38_143685_box7_Incident_Summaries_1-100
Agency: Department of War
Page 130
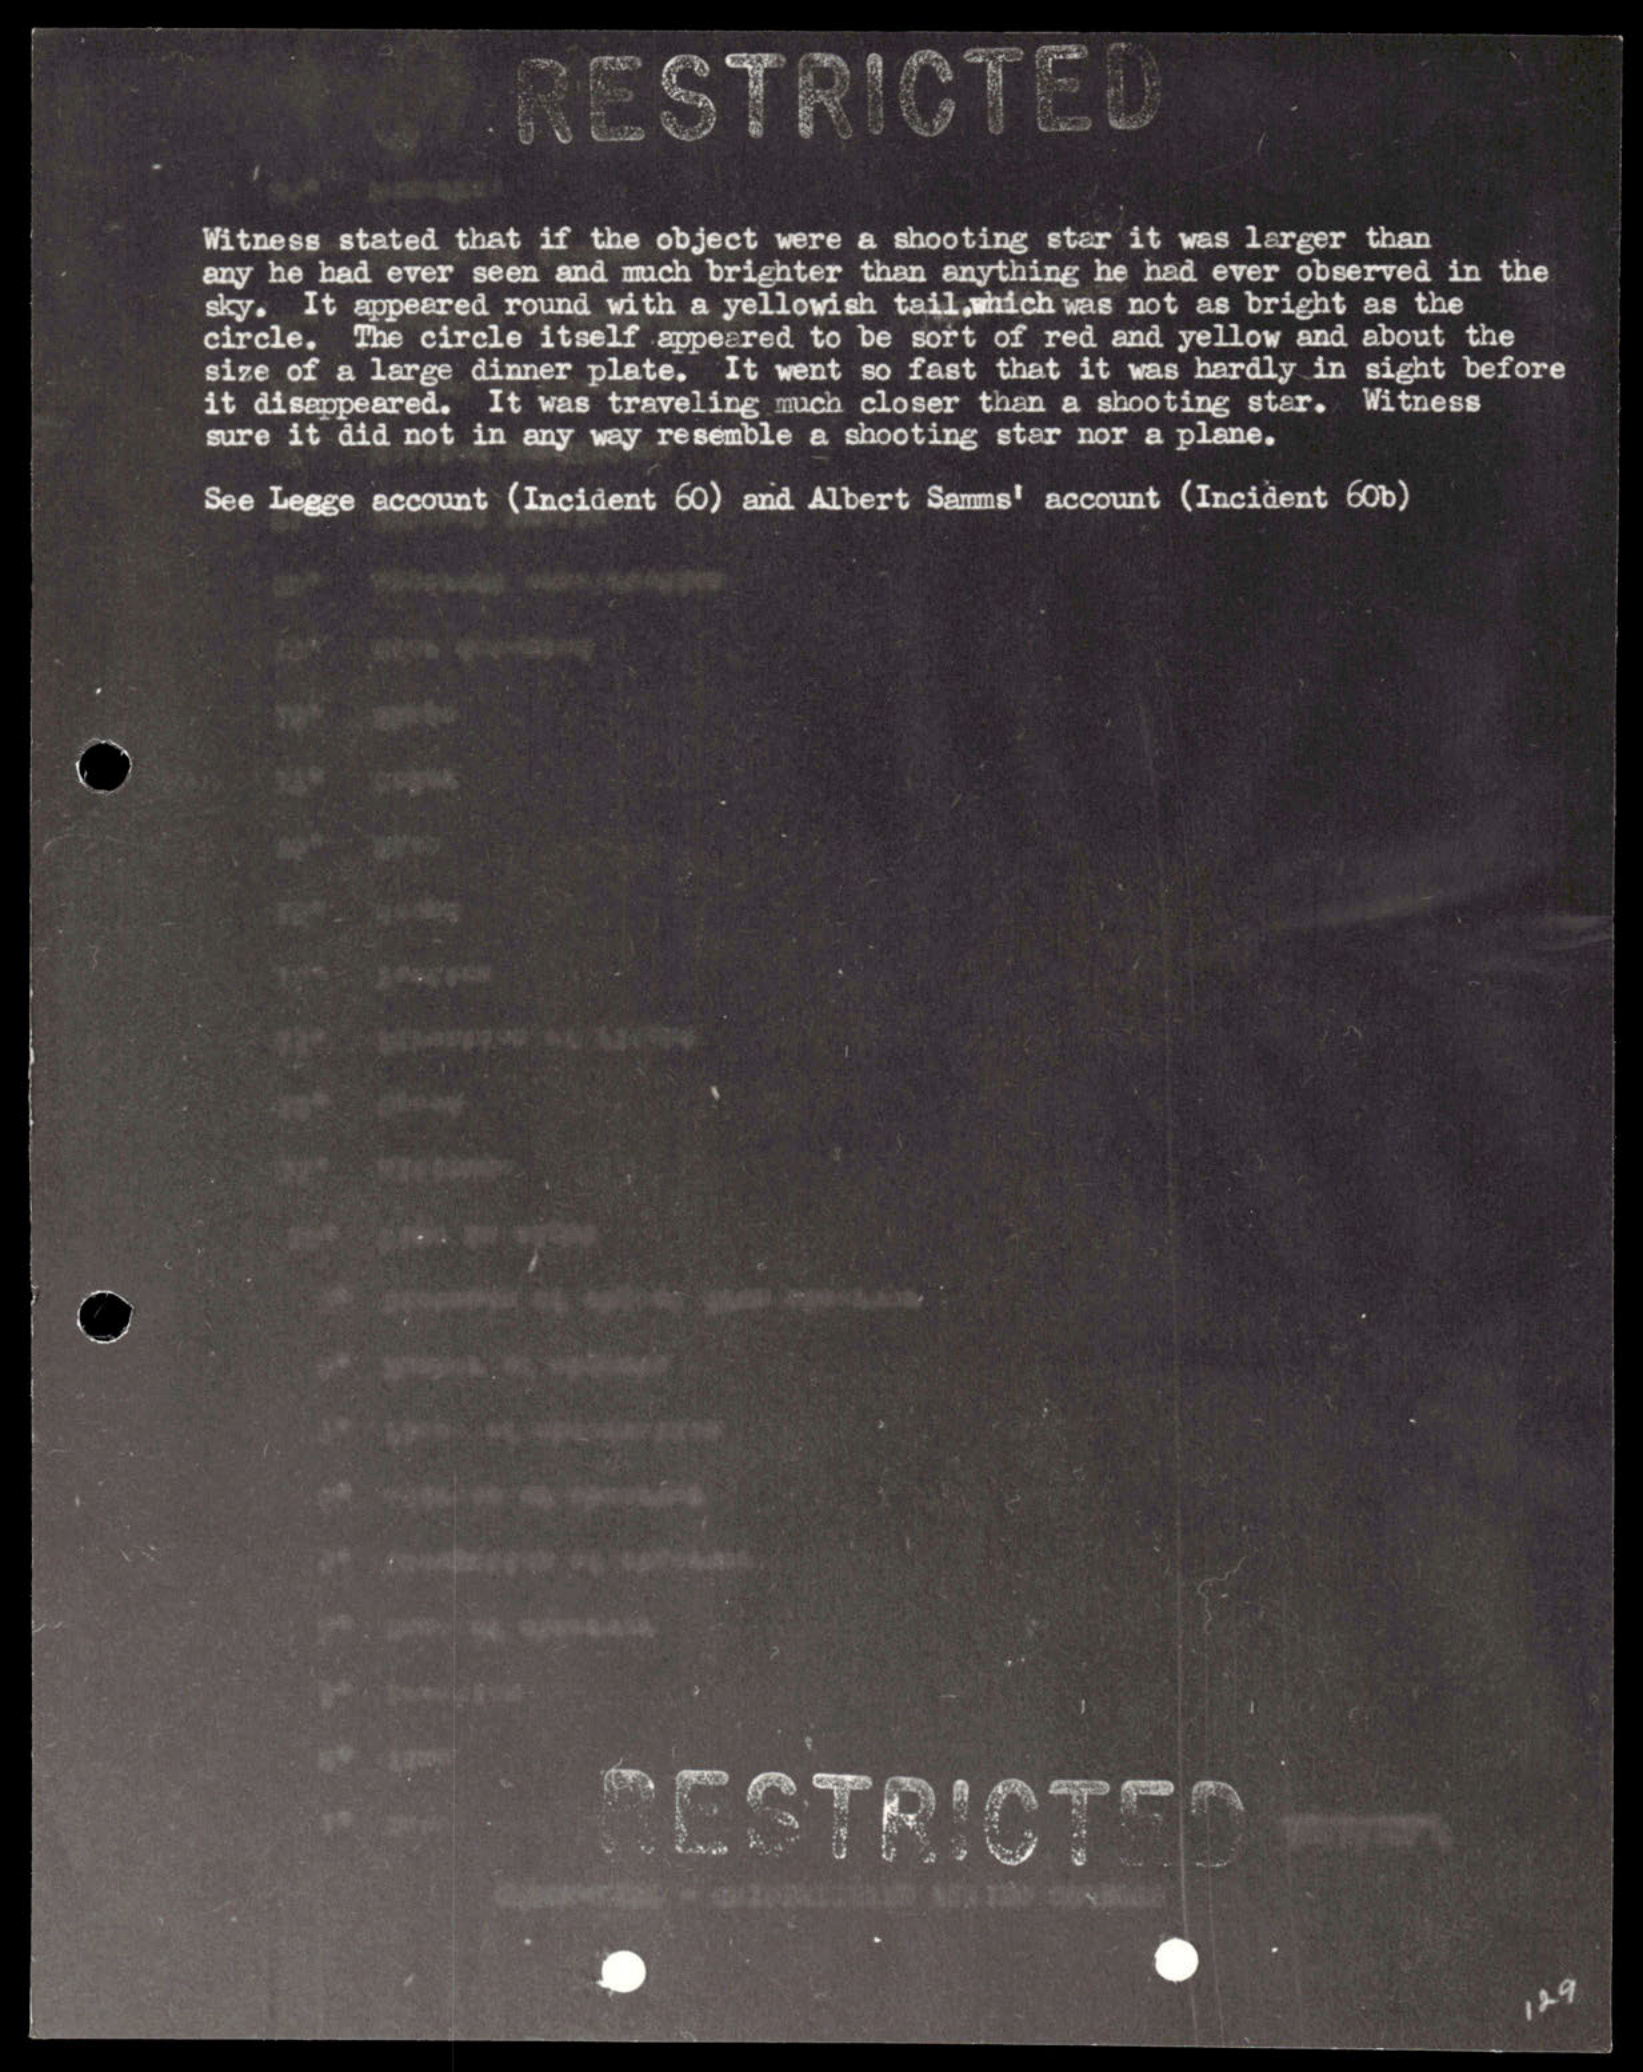